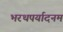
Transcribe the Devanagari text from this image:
भरथपर्यादनम